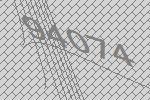
94074